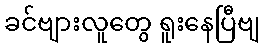
ခင်ဗျားလူတွေ ရူးနေပြီဗျ